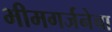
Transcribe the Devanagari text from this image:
भीमगर्जनेचा